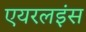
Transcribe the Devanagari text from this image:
एयरलइंस